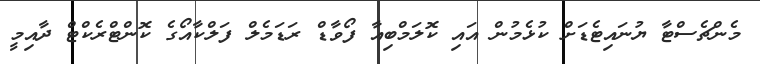
މެންޗެސްޓާ ޔުނައިޓެޑަށް ކުޅެމުން އައި ކޮލަމްބިއާ ފޯވާޑް ރަޑަމެލް ފަލްކާއޯގެ ކޮންޓްރެކްޓް ދާއިމީ